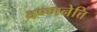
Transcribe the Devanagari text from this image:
वण्णनेत्ति